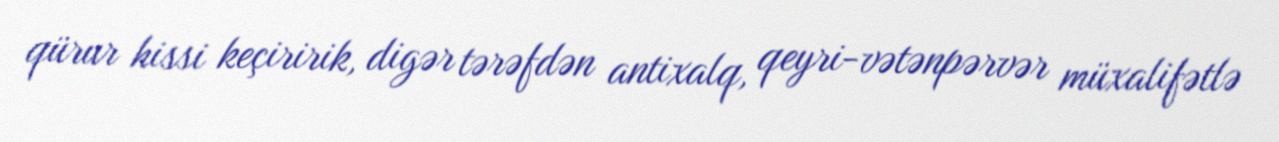
qürur hissi keçiririk, digər tərəfdən antixalq, qeyri-vətənpərvər müxalifətlə